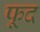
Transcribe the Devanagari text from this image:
फूद